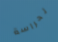
لحراسة